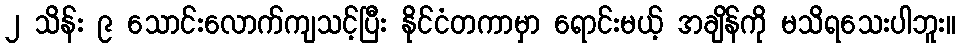
၂ သိန်း ၉ သောင်းလောက်ကျသင့်ပြီး နိုင်ငံတကာမှာ ရောင်းမယ့် အချိန်ကို မသိရသေးပါဘူး။